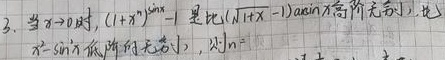
3. 当\(x \to 0\)时，\((1 + x)^{\tan x}-1\)是比\((\sqrt{1 + x}-1)\arcsin x\)高阶的无穷小，比\(x^{2}-\sin x\)低阶的无穷小，则\(n =\)  。